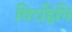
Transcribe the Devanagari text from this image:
बिरहिनि